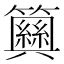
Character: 𥷞